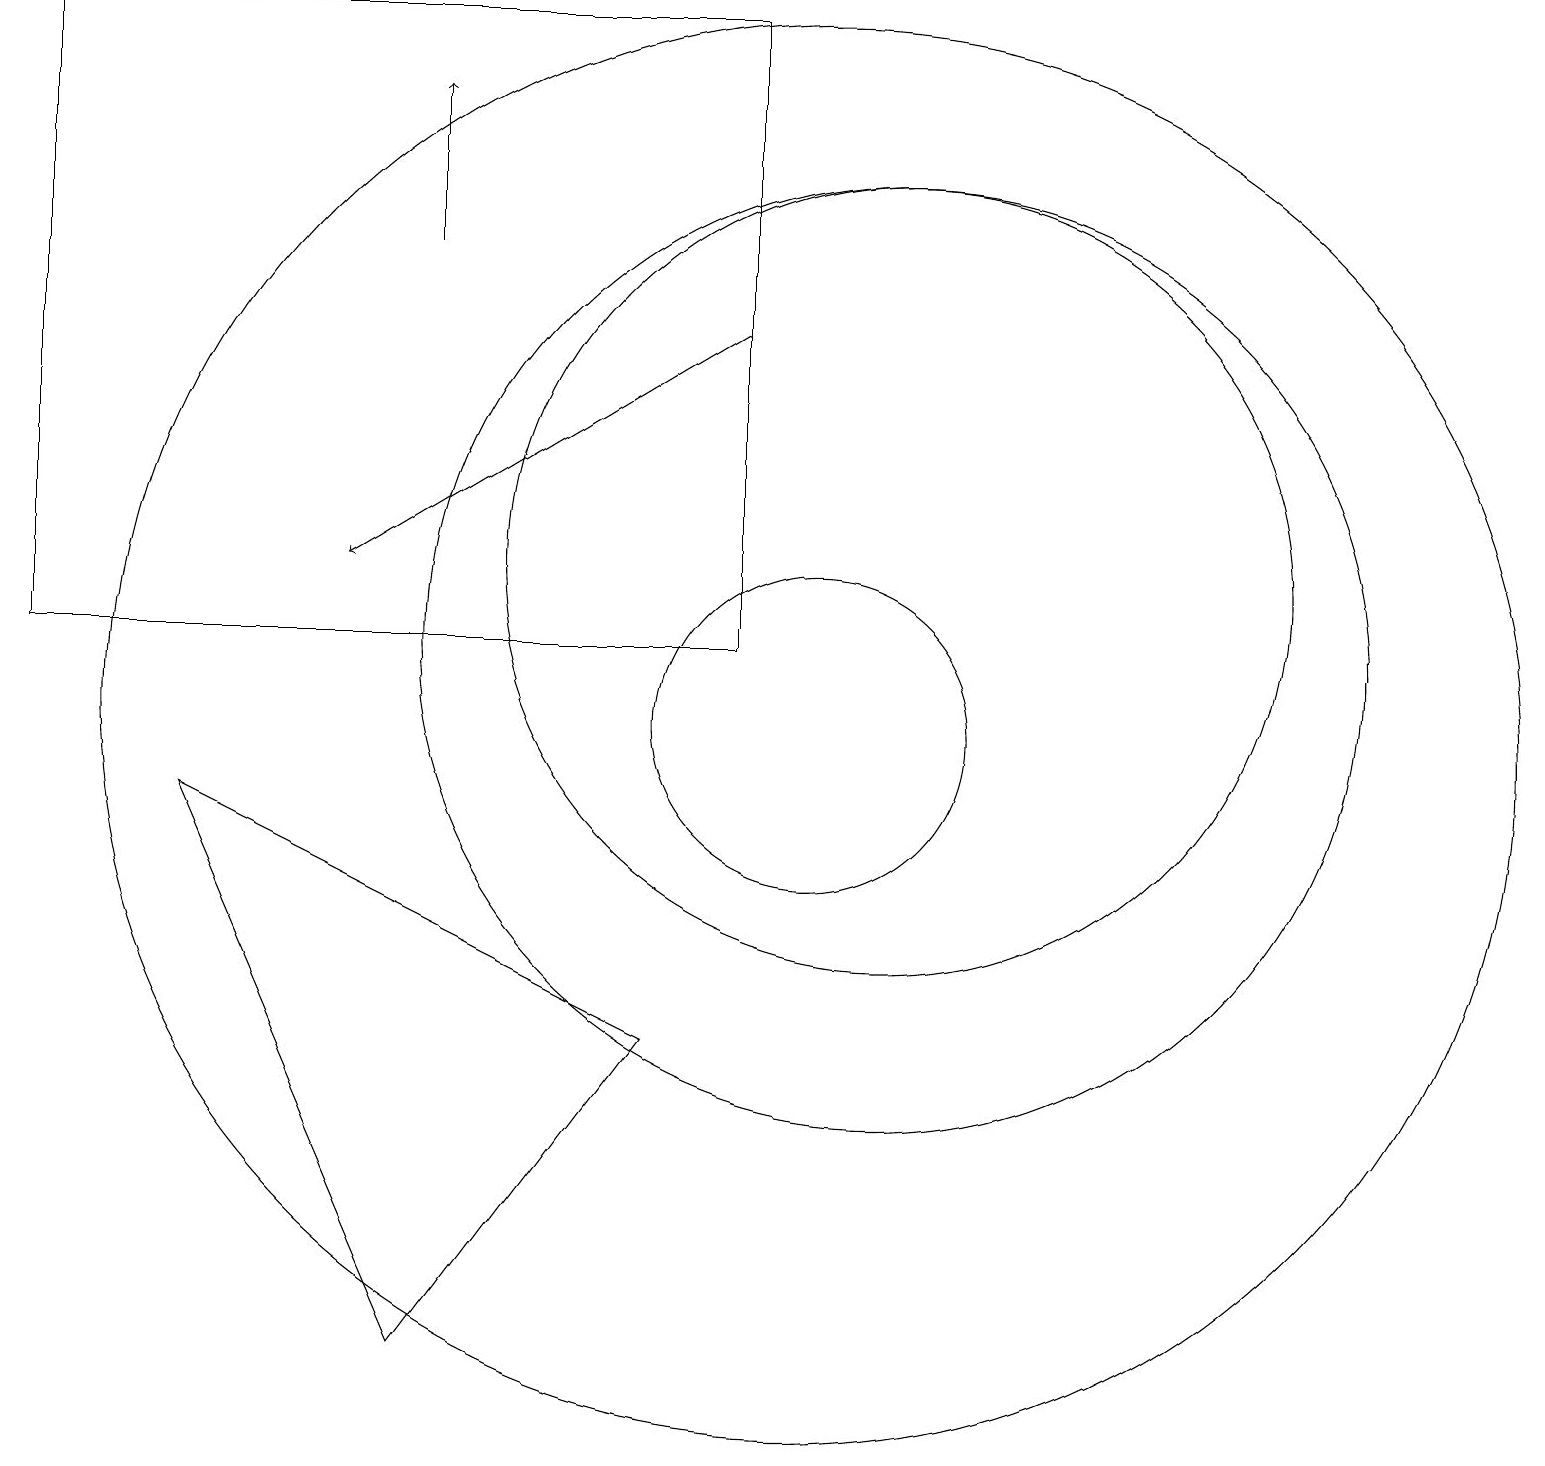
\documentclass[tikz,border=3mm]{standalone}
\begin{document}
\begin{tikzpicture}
\draw (11,11) circle (6);
\draw (11,12) circle (5);
\draw (10,10) circle (2);
\draw (10,10) circle (9);
\draw (9,19) rectangle (0,11);
\draw[->] (9,15) -- (4,12);
\draw (5,2) -- (2,9) -- (8,6) -- cycle;
\draw[->] (5,16) -- (5,18);
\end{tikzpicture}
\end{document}